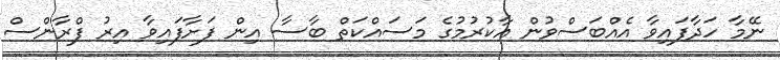
ނޭމާ ހަދާފައިވާ އެއްބަސްވުން އާކުރުމުގެ މަސައްކަތް ބާސާ އިން ފަށާފައިވާ އިރު ފްރާންސް